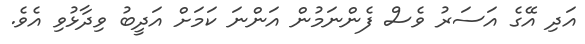
އަދި އޭގެ އަސަރު ވެސް ފެންނަމުން އަންނަ ކަމަށް އަދީބު ވިދާޅުވި އެވެ.